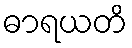
ဓာရယတိ